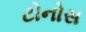
ટોનોસ